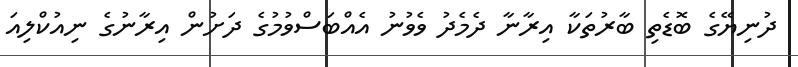
ދުނިޔޭގެ ބޮޑެތި ބާރުތަކާ އިރާނާ ދެމެދު ވެވުނު އެއްބަސްވުމުގެ ދަށުން އިރާނުގެ ނިއުކްލިއަ